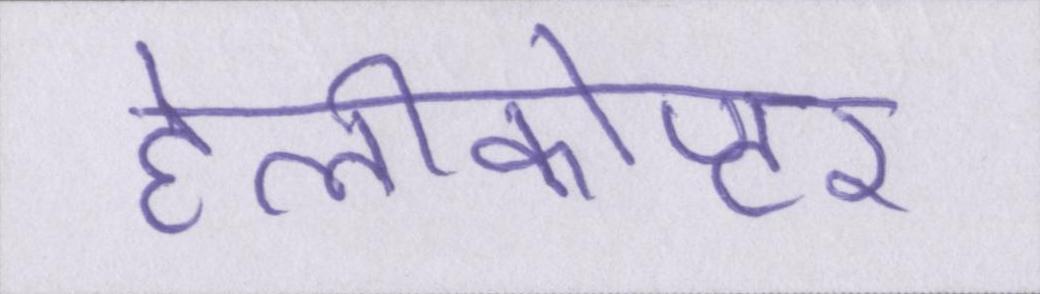
हेलीकोप्टर